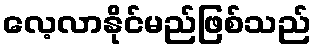
လေ့လာနိုင်မည်ဖြစ်သည်